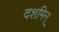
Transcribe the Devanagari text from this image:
दशमिन्‌